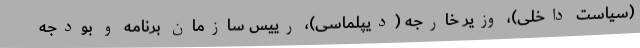
(سیاست داخلی)، وزیر خارجه (دیپلماسی)، رییس سازمان برنامه و بودجه